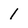
Character: 1